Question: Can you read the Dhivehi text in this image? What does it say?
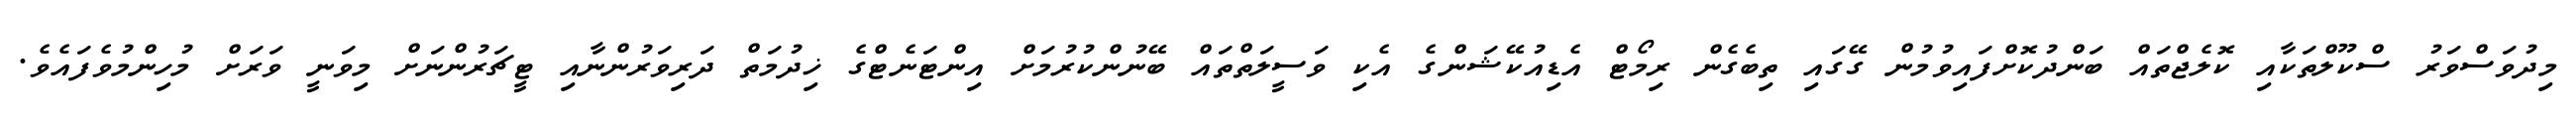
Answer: މިދުވަސްވަރު ސްކޫލްތަކާއި ކޮލެޖްތައް ބަންދުކޮށްފައިވުމުން ގޭގައި ތިބެގެން ރިމޯޓް އެޑިއުކޭޝަންގެ އެކި ވަސީލަތްތައް ބޭނުންކުރުމަށް އިންޓަނެޓްގެ ޚިދުމަތް ދަރިވަރުންނާއި ޓީޗަރުންނަށް މިވަނީ ވަރަށް މުހިންމުވެފައެވެ.